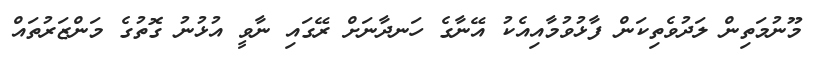
މޫނުމަތިން ލަދުވެތިކަން ފާޅުވުމާއިއެކު އޭނާގެ ހަނދާނަށް ރޭގައި ނާވީ އުޅުނު ގޮތުގެ މަންޒަރުތައް